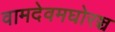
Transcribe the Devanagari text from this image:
वामदेवमघोरञ्च